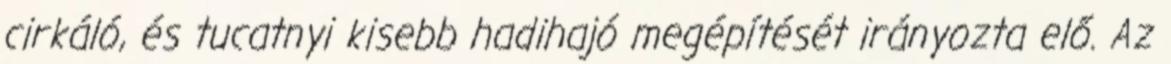
cirkáló, és tucatnyi kisebb hadihajó megépítését irányozta elő. Az